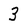
Character: 3